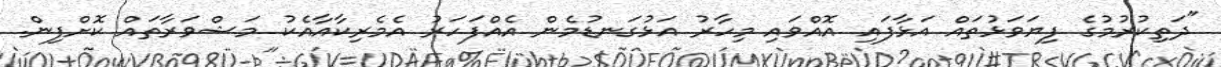
"ދަތިކުރުމުގެ ފިޔަވަޅުތައް އަޅާފައި އޮއްވައި މިހާރު އަޅުގަނޑުމެން އެއްފަހަރު އެމެރިކާއާއެކު މަޝްވަރާތައް ކޮށްފިން.